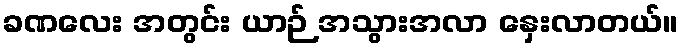
ခဏလေး အတွင်း ယာဉ် အသွားအလာ နှေးလာတယ်။